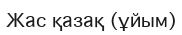
Жас қазақ (ұйым)